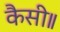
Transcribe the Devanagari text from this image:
कैसी॥